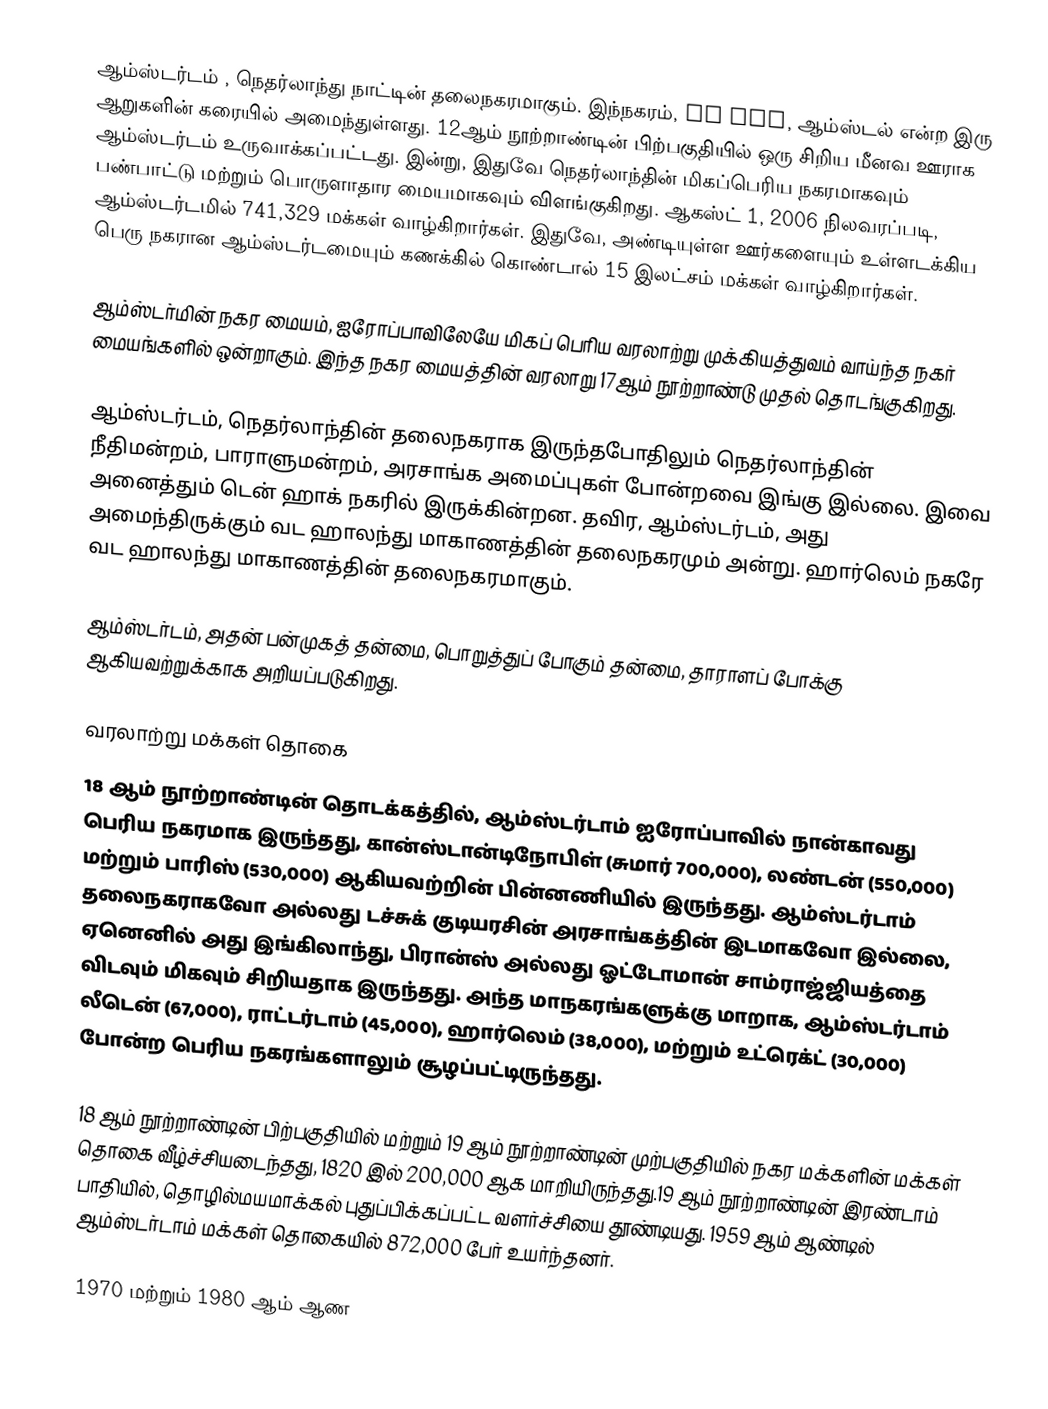
ஆம்ஸ்டர்டம் , நெதர்லாந்து நாட்டின் தலைநகரமாகும். இந்நகரம், IJ bay, ஆம்ஸ்டல் என்ற இரு ஆறுகளின் கரையில் அமைந்துள்ளது. 12ஆம் நூற்றாண்டின் பிற்பகுதியில் ஒரு சிறிய மீனவ ஊராக ஆம்ஸ்டர்டம் உருவாக்கப்பட்டது. இன்று, இதுவே நெதர்லாந்தின் மிகப்பெரிய நகரமாகவும் பண்பாட்டு மற்றும் பொருளாதார மையமாகவும் விளங்குகிறது. ஆகஸ்ட் 1, 2006 நிலவரப்படி, ஆம்ஸ்டர்டமில் 741,329 மக்கள் வாழ்கிறார்கள். இதுவே, அண்டியுள்ள ஊர்களையும் உள்ளடக்கிய பெரு நகரான ஆம்ஸ்டர்டமையும் கணக்கில் கொண்டால் 15 இலட்சம் மக்கள் வாழ்கிறார்கள்.

ஆம்ஸ்டர்மின் நகர மையம், ஐரோப்பாவிலேயே மிகப் பெரிய வரலாற்று முக்கியத்துவம் வாய்ந்த நகர் மையங்களில் ஒன்றாகும். இந்த நகர மையத்தின் வரலாறு 17ஆம் நூற்றாண்டு முதல் தொடங்குகிறது.

ஆம்ஸ்டர்டம், நெதர்லாந்தின் தலைநகராக இருந்தபோதிலும் நெதர்லாந்தின் நீதிமன்றம், பாராளுமன்றம், அரசாங்க அமைப்புகள் போன்றவை இங்கு இல்லை. இவை அனைத்தும் டென் ஹாக் நகரில் இருக்கின்றன. தவிர, ஆம்ஸ்டர்டம், அது அமைந்திருக்கும் வட ஹாலந்து மாகாணத்தின் தலைநகரமும் அன்று. ஹார்லெம் நகரே வட ஹாலந்து மாகாணத்தின் தலைநகரமாகும்.

ஆம்ஸ்டர்டம், அதன் பன்முகத் தன்மை, பொறுத்துப் போகும் தன்மை, தாராளப் போக்கு ஆகியவற்றுக்காக அறியப்படுகிறது.

வரலாற்று மக்கள் தொகை
18 ஆம் நூற்றாண்டின் தொடக்கத்தில், ஆம்ஸ்டர்டாம் ஐரோப்பாவில் நான்காவது பெரிய நகரமாக இருந்தது, கான்ஸ்டான்டிநோபிள் (சுமார் 700,000), லண்டன் (550,000) மற்றும் பாரிஸ் (530,000) ஆகியவற்றின் பின்னணியில் இருந்தது. ஆம்ஸ்டர்டாம் தலைநகராகவோ அல்லது டச்சுக் குடியரசின் அரசாங்கத்தின் இடமாகவோ இல்லை, ஏனெனில் அது இங்கிலாந்து, பிரான்ஸ் அல்லது ஓட்டோமான் சாம்ராஜ்ஜியத்தை விடவும் மிகவும் சிறியதாக இருந்தது. அந்த மாநகரங்களுக்கு மாறாக, ஆம்ஸ்டர்டாம் லீடென் (67,000), ராட்டர்டாம் (45,000), ஹார்லெம் (38,000), மற்றும் உட்ரெக்ட் (30,000) போன்ற பெரிய நகரங்களாலும் சூழப்பட்டிருந்தது.

18 ஆம் நூற்றாண்டின் பிற்பகுதியில் மற்றும் 19 ஆம் நூற்றாண்டின் முற்பகுதியில் நகர மக்களின் மக்கள் தொகை வீழ்ச்சியடைந்தது, 1820 இல் 200,000 ஆக மாறியிருந்தது.19 ஆம் நூற்றாண்டின் இரண்டாம் பாதியில், தொழில்மயமாக்கல் புதுப்பிக்கப்பட்ட வளர்ச்சியை தூண்டியது. 1959 ஆம் ஆண்டில் ஆம்ஸ்டர்டாம் மக்கள் தொகையில் 872,000 பேர் உயர்ந்தனர்.

1970 மற்றும் 1980 ஆம் ஆண